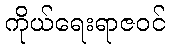
ကိုယ်ရေးရာဇဝင်